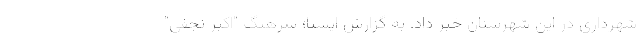
شهرداری در این شهرستان خبر داد. به گزارش ایسنا؛ سرهنگ "اکبر نجفی"